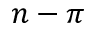
n - \pi